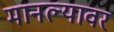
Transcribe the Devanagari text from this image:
मानल्यावर